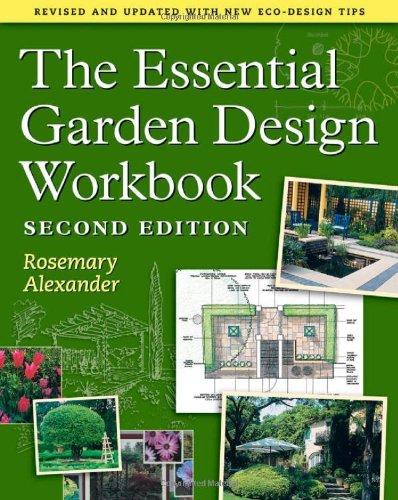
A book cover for The Essential Garden Design Workbook: Second Edition; Rosemary Alexander; Crafts, Hobbies & Home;